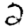
Digit: 2